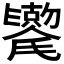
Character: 𫬯